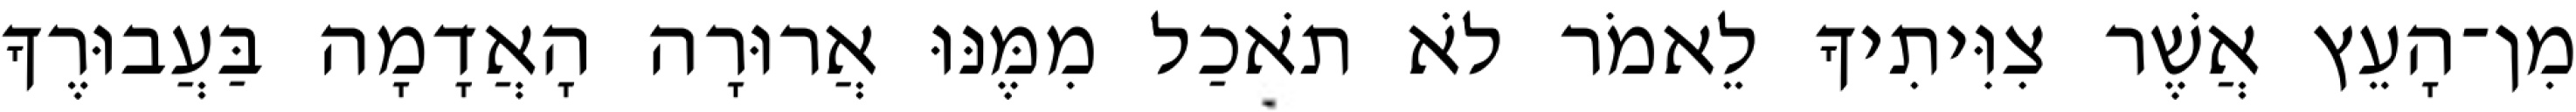
מִן־הָעֵץ אֲשֶׁר צִוִּיתִיךָ לֵאמֹר לֹא תֹאכַל מִמֶּנּוּ אֲרוּרָה הָאֲדָמָה בַּעֲבוּרֶךָ